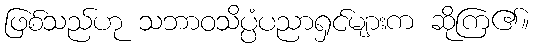
ဖြစ်သည်ဟု သဘာဝသိပ္ပံပညာရှင်များက ဆိုကြ၏။